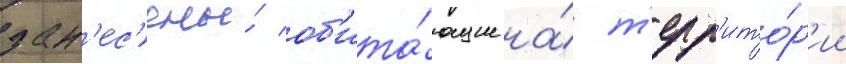
зан'ес'ены́ об'ита́ющие на́ т'ерр'ито́р'ии